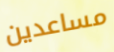
مساعدين